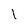
Character: l